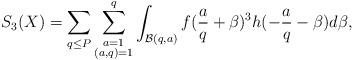
LaTeX: \begin{align*}S_3(X)=\sum_{q\le P}\sum_{\substack{a=1\\ (a,q)=1}}^q\int_{\mathcal{B}(q,a)}f(\frac{a}{q}+\beta)^3h(-\frac{a}{q}-\beta)d\beta,\end{align*}